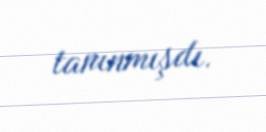
tanınmışdı.